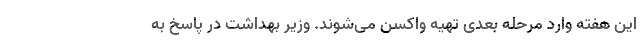
این هفته وارد مرحله بعدی تهیه واکسن می‌شوند. وزیر بهداشت در پاسخ به